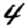
Digit: 4